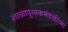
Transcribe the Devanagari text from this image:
शाळापुस्तकमंडळीच्या